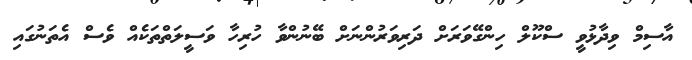
އާސިމް ވިދާޅުވީ ސްކޫލް ހިންގޭވަރަށް ދަރިވަރުންނަށް ބޭނުންވާ ހުރިހާ ވަސީލަތްތަކެއް ވެސް އެތަނުގައި